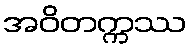
အဝိတက္ကဿ